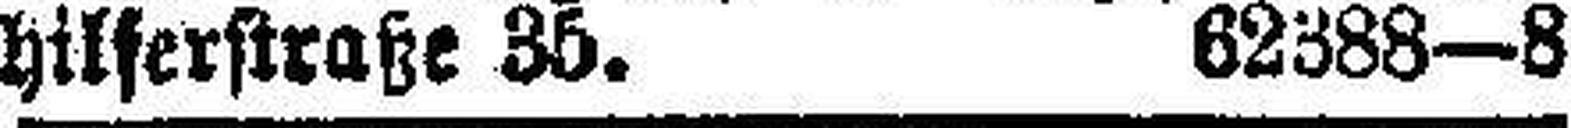
hilferstraße 35. 62388—8